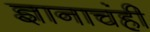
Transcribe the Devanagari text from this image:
ज्ञानाचंही